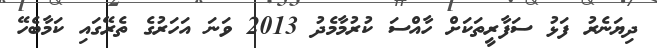
ދިޔަނެރު ފަޅު ސަފާރީތަަކަށް ހާއްސަ ކުރުމާމެދު 2013 ވަނަ އަހަރުގެ ތެރޭގައި ކަމާބެހޭ